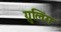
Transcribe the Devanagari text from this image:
ग्रुलिंग